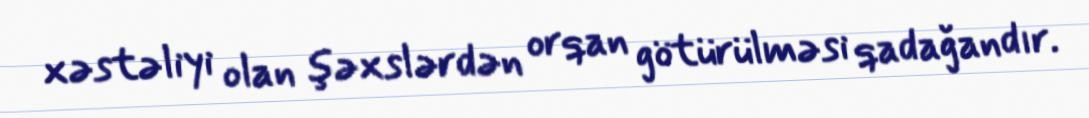
xəstəliyi olan şəxslərdən orqan götürülməsi qadağandır.